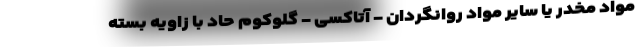
مواد مخدر یا سایر مواد روانگردان - آتاکسی - گلوکوم حاد با زاویه بسته